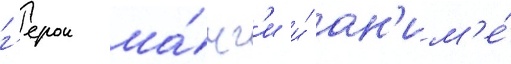
г'ерои ма́нг'и и́ ан'им'е́